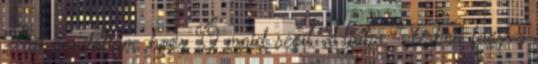
Azt gondoltam, hogy Ő majd segít. Hiába. Vérben fagyva